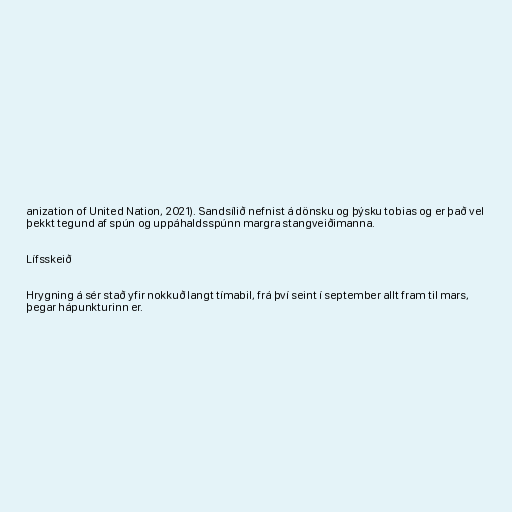
anization of United Nation, 2021). Sandsílið nefnist á dönsku og þýsku tobias og er það vel
þekkt tegund af spún og uppáhaldsspúnn margra stangveiðimanna.

Lífsskeið

Hrygning á sér stað yfir nokkuð langt tímabil, frá því seint í september allt fram til mars,
þegar hápunkturinn er.